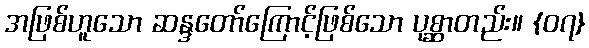
အဖြစ်ဟူသော ဆန္ဒတော်ကြောင့်ဖြစ်သော ပုစ္ဆာတည်း။ {၀၇}